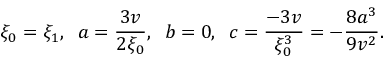
\xi _ { 0 } = \xi _ { 1 } , \; \; a = \frac { 3 v } { 2 \xi _ { 0 } } , \; \; b = 0 , \; \; c = \frac { - 3 v } { \xi _ { 0 } ^ { 3 } } = - \frac { 8 a ^ { 3 } } { 9 v ^ { 2 } } .